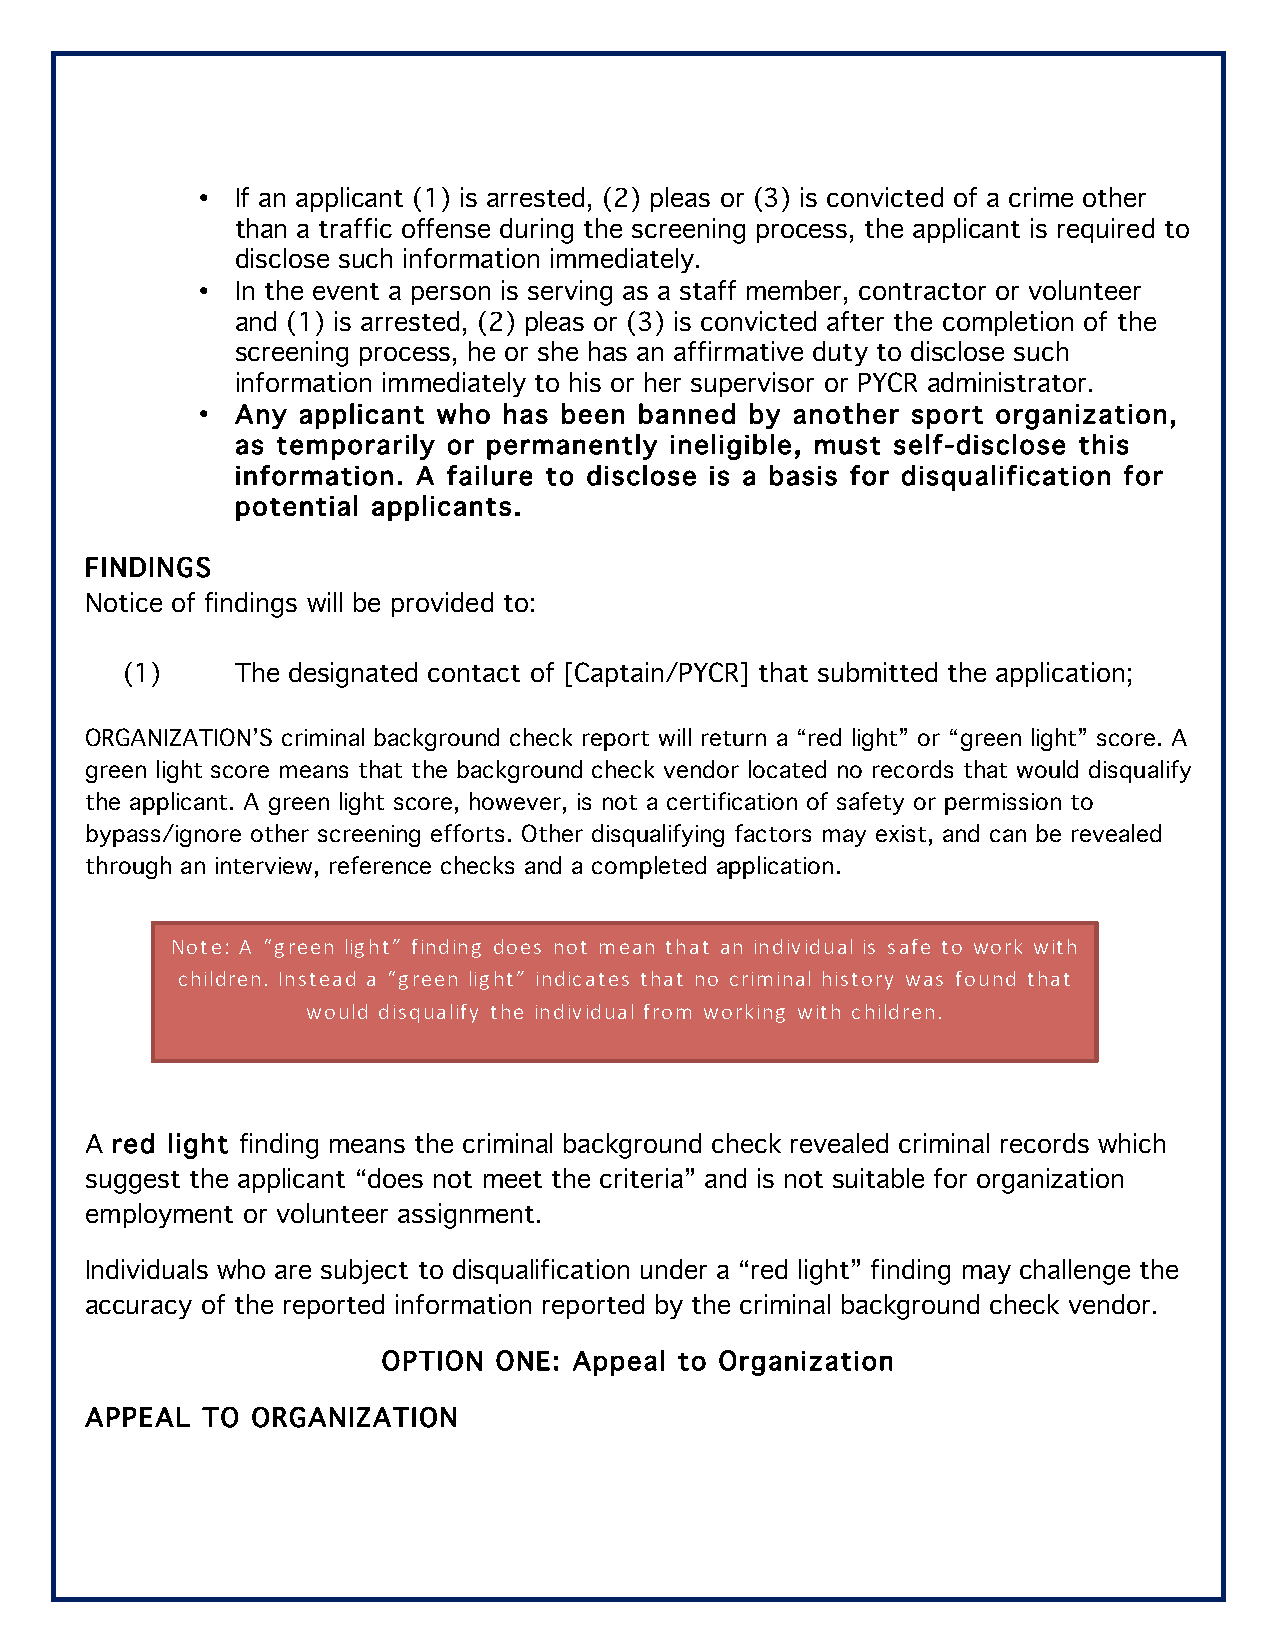
•  If an applicant (1) is arrested, (2) pleas or (3) is convicted of a crime other
 than a traffic offense during the screening process, the applicant is required to
 disclose such information immediately.
 •  In the event a person is serving as a staff member, contractor or volunteer
 and (1) is arrested, (2) pleas or (3) is convicted after the completion of the
 screening process, he or she has an affirmative duty to disclose such
 information immediately to his or her supervisor or PYCR administrator.
 •  Any applicant who has been banned by another sport organization,
 as temporarily or permanently ineligible, must self-disclose this
 information. A failure to disclose is a basis for disqualification for
 potential applicants.
 FINDINGS
 Notice of findings will be provided to:
 (1)     The designated contact of [Captain/PYCR] that submitted the application;
 ORGANIZATION’S criminal background check report will return a “red light” or “green light” score. A
 green light score means that the background check vendor located no records that would disqualify
 the applicant. A green light score, however, is not a certification of safety or permission to
 bypass/ignore other screening efforts. Other disqualifying factors may exist, and can be revealed
 through an interview, reference checks and a completed application.
 Note: A “green light” finding does not mean that an individual is safe to work with
 children. Instead a “green light” indicates that no criminal history was found that
 would disqualify the individual from working with children.
 A red light finding means the criminal background check revealed criminal records which
 suggest the applicant “does not meet the criteria” and is not suitable for organization
 employment or volunteer assignment.
 Individuals who are subject to disqualification under a “red light” finding may challenge the
 accuracy of the reported information reported by the criminal background check vendor.
 OPTION  ONE: Appeal to Organization
 APPEAL TO  ORGANIZATION